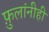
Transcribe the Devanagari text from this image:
फ़ुलांनीही